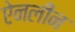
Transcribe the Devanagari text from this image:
ऐनलीन